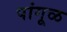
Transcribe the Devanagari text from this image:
पांगूळ